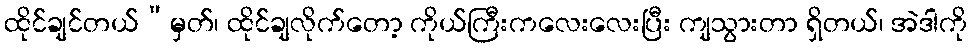
ထိုင်ချင်တယ်”မှတ်၊ ထိုင်ချလိုက်တော့ ကိုယ်ကြီးကလေးလေးပြီး ကျသွားတာ ရှိတယ်၊ အဲဒါကို